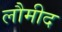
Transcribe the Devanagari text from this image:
लौमीद